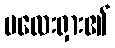
မလေးရှား၏